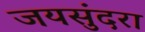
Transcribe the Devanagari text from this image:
जयसुंदरा